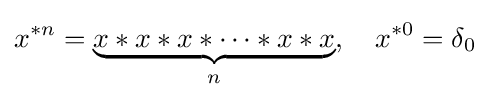
x^{*n}=\underbrace {x*x*x*\cdots *x*x} _{n},\quad x^{*0}=\delta _{0}